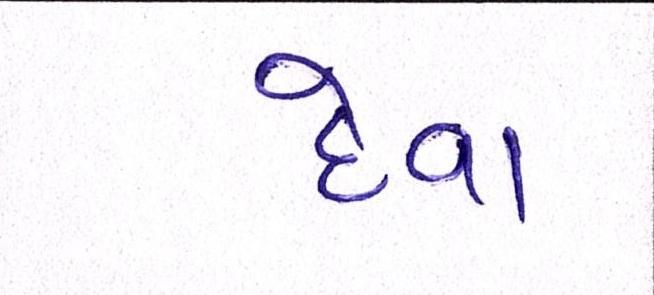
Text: દેવા